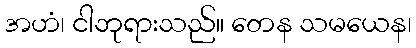
အဟံ၊ ငါဘုရားသည်။ တေန သမယေန၊